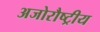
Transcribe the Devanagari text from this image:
अजोरौष्ट्रीय